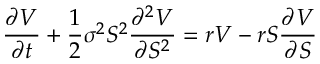
{ \frac { \partial V } { \partial t } } + { \frac { 1 } { 2 } } \sigma ^ { 2 } S ^ { 2 } { \frac { \partial ^ { 2 } V } { \partial S ^ { 2 } } } = r V - r S { \frac { \partial V } { \partial S } }